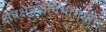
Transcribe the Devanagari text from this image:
क्षेत्रक्षेत्रज्ञविभागयोग